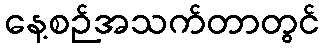
နေ့စဉ်အသက်တာတွင်